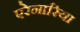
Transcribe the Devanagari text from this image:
एरेनारिया